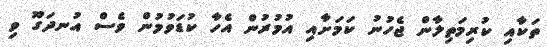
ތަކާއި ކުރިމަތިލާން ޖެހުނު ކަމަށާއި އުމުރުން އެހާ ކުޑަވުމުން ވެސް އުނދަގޫ ވި